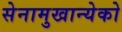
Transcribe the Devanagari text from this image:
सेनामुखान्येको